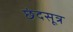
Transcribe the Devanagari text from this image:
छंदसूत्र